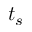
t _ { s }